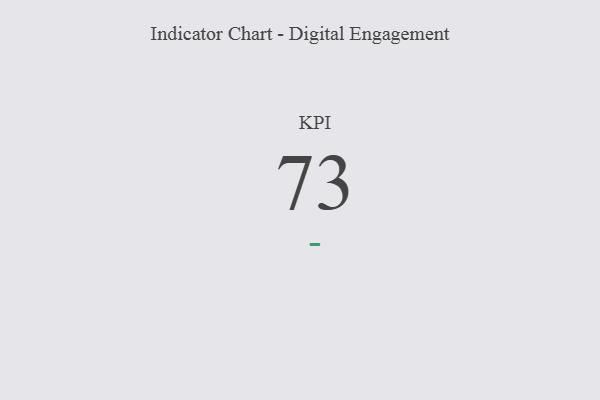
{"axis": {"x": "KPI", "y": "Value"}, "legend": [""], "data": [{"x": "KPI", "y": 73, "type": ""}]}